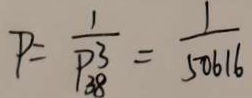
P = \frac { 1 } { P _ { 3 8 } ^ { 3 } } = \frac { 1 } { 5 0 6 1 6 }